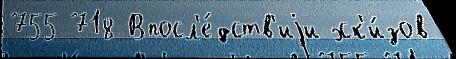
755 718 Впосл'е́дств'иjи эск'и́зов